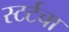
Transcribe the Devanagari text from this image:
स्टर्टचा